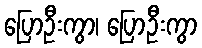
ပြောဦးကွာ၊ ပြောဦးကွာ